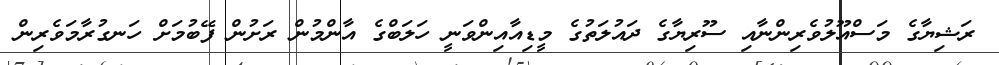
ރަޝިޔާގެ މަސްއޫލުވެރިންނާއި ސޫރިޔާގެ ދައުލަތުގެ މީޑިއާއިންވަނީ ހަލަބްގެ އާންމުން ރަށުން ފޭބުމަށް ހަނގުރާމަވެރިން